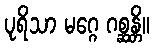
ပုရိသာ မဂ္ဂေ ဂစ္ဆန္တိ။